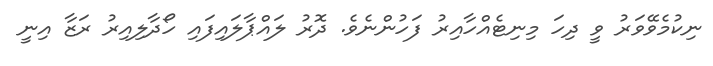
ނިކުމެވޭވަރު ވީ ދިހަ މިނިޓެއްހާއިރު ފަހުންނެވެ. ދޮރު ލައްޕާލައިފައި ހޯދާލިއިރު ރަޒާ އިނީ